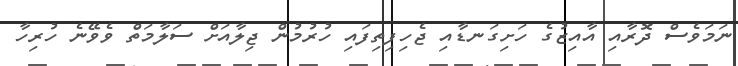
ނަމަވެސް ދޮރާއި އާއިޒުގެ ހަށިގަނޑާއި ޖެހިފިތިފައި ހުރުމުން ޖިލާއަށް ސަލާމަތް ވެވޭނެ ހުރިހާ